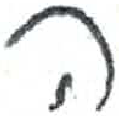
אות: ה